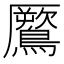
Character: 鷢